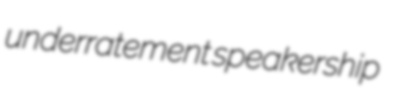
underratement speakership